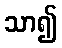
သာ၍